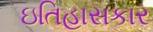
ઇતિહાસકાર